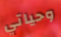
وحياتي